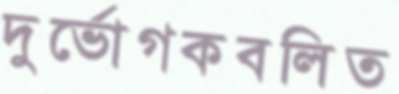
দুর্ভোগকবলিত